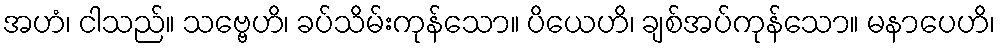
အဟံ၊ ငါသည်။ သဗ္ဗေဟိ၊ ခပ်သိမ်းကုန်သော။ ပိယေဟိ၊ ချစ်အပ်ကုန်သော။ မနာပေဟိ၊